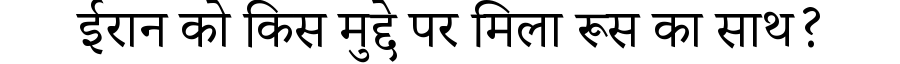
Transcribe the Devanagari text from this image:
ईरान को किस मुद्दे पर मिला रूस का साथ?